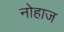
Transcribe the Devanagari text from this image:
नोहाज